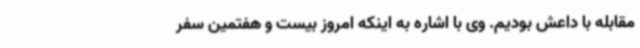
مقابله با داعش بودیم. وی با اشاره به اینکه امروز بیست و هفتمین سفر